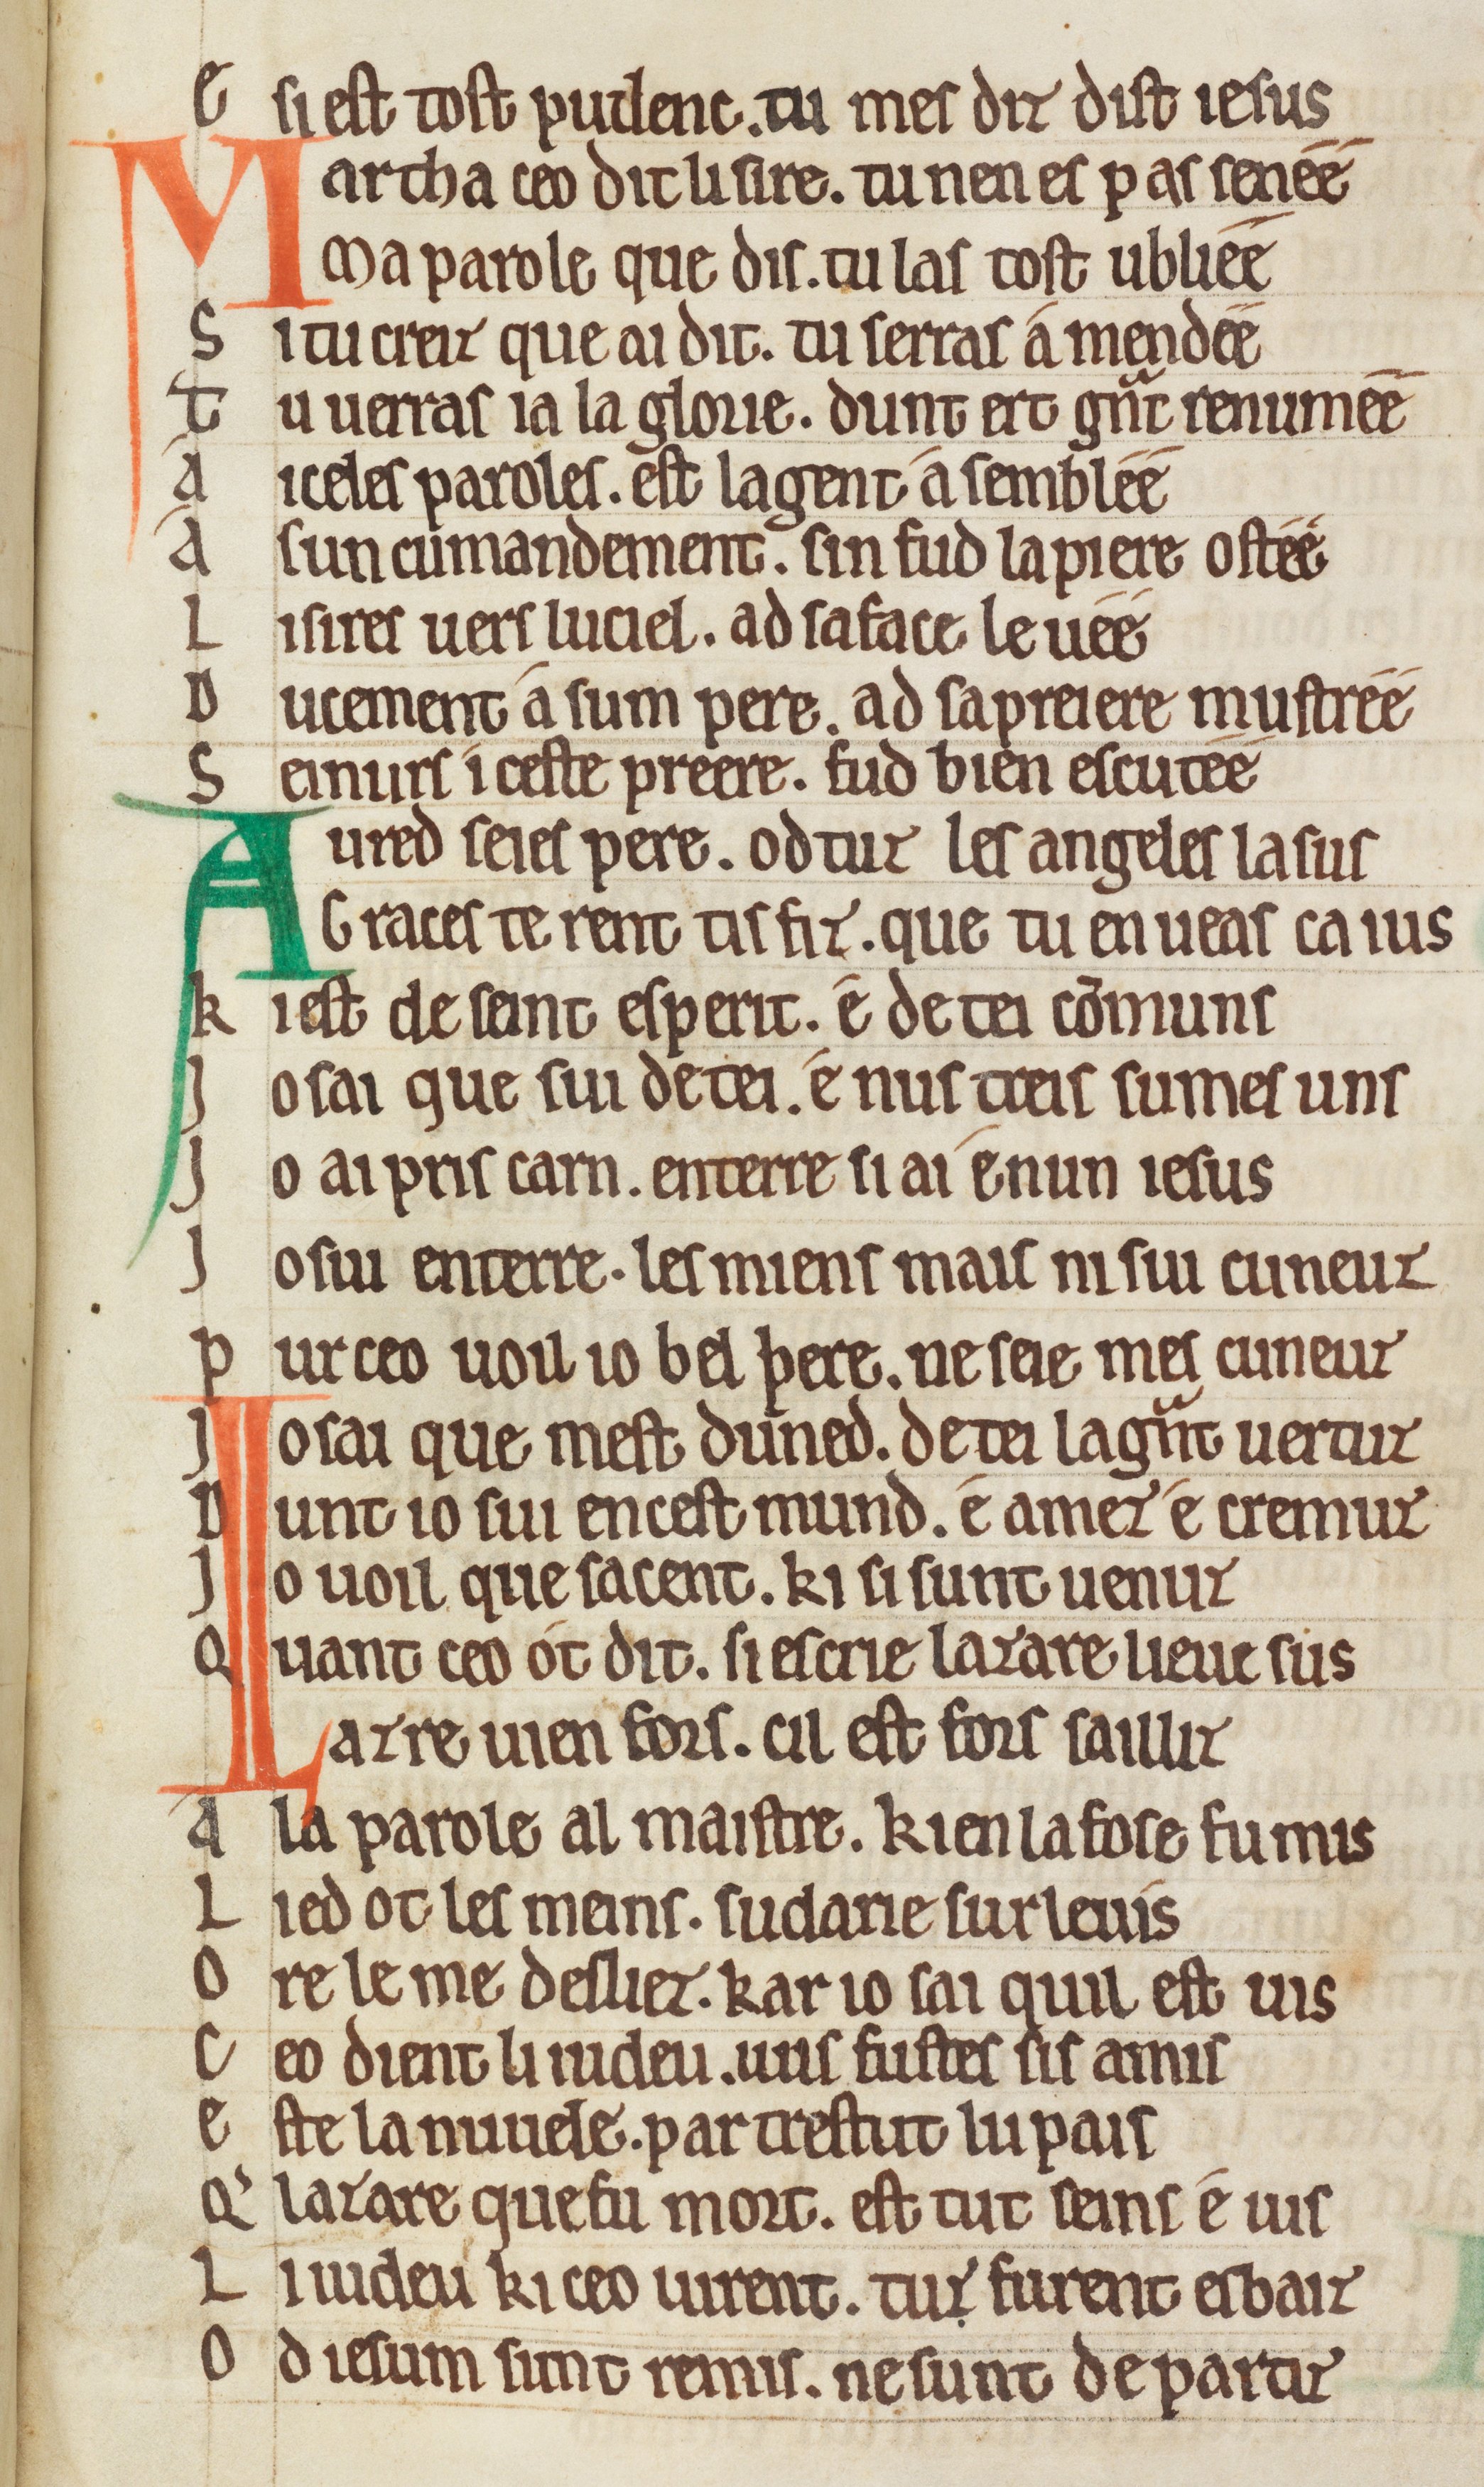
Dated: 1175–1199